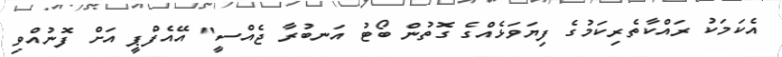
އެކަމަކު ރައްކާތެރިކަމުގެ ފިޔަވަޅެއްގެ ގޮތުން ބޯޓު އަނބުރާ ޖެއްސީ" އޭއެފްޕީ އަށް ފޮނުއްވި